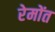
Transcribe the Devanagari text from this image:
रेमोंत